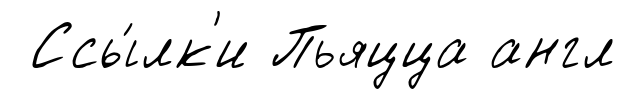
Ссы́лк'и Пьяцца англ